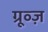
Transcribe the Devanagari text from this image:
ग्रूव्ज़